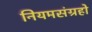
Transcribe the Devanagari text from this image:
नियमसंग्रहो